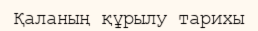
Қаланың құрылу тарихы